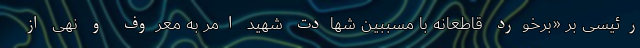
رئیسی بر «برخورد قاطعانه با مسببین شهادت شهید امر به معروف و نهی از